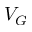
V _ { G }